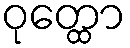
ဝုတ္ထော